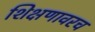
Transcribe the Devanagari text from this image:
शिक्षणावरच